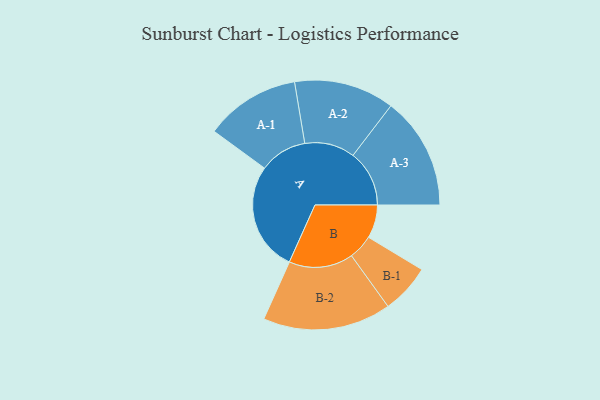
{"axis": {"x": "Segment", "y": "Value"}, "legend": ["", "A", "B"], "data": [{"x": "A", "y": 498, "type": ""}, {"x": "B", "y": 152, "type": ""}, {"x": "A-1", "y": 217, "type": "A"}, {"x": "A-2", "y": 229, "type": "A"}, {"x": "A-3", "y": 257, "type": "A"}, {"x": "B-1", "y": 113, "type": "B"}, {"x": "B-2", "y": 293, "type": "B"}]}